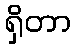
ရှိတာ